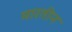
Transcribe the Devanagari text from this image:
मारतीन